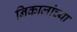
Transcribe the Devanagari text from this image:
निकालांच्या